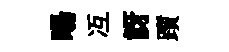
暘冱訝躓